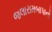
જલારામબાપાનો